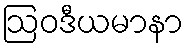
ဩဝဒီယမာနာ